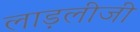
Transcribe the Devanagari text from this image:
लाड़लीजी